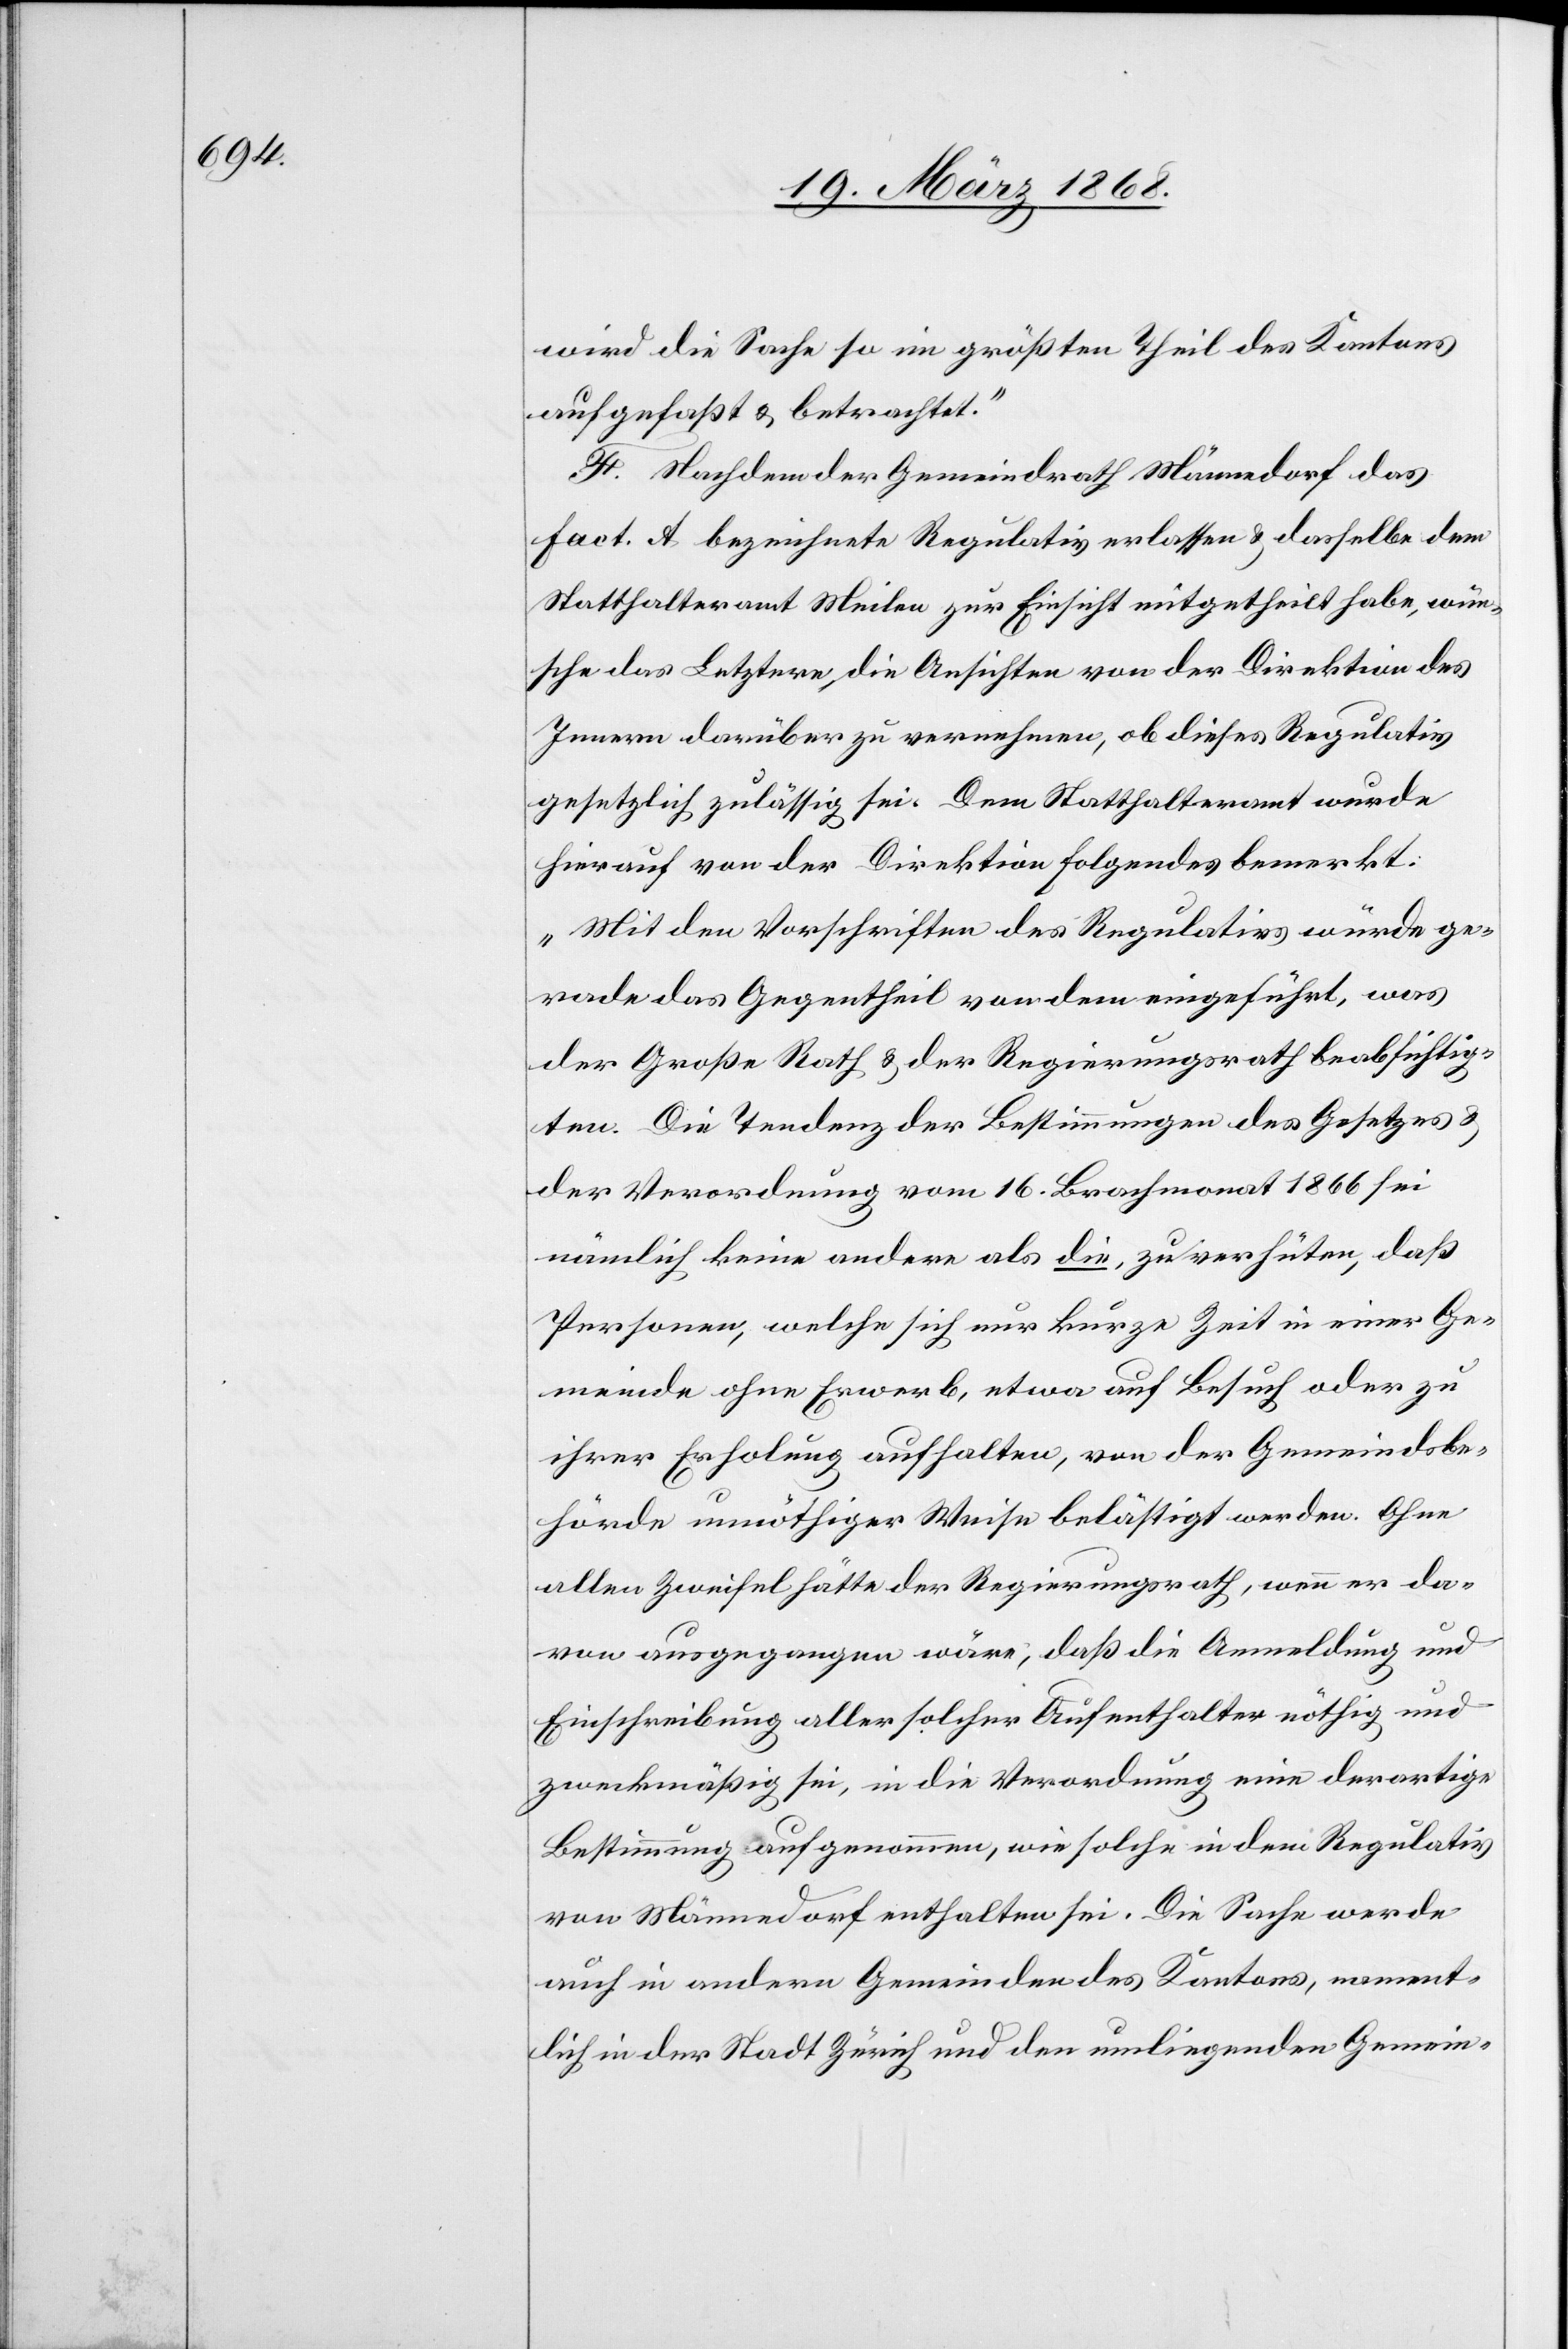
wird die Sache so im größten Theil des Kantons
aufgefaßt & betrachtet.“
F. Nachdem der Gemeindrath Männedorf das
Fact. A bezeichnete Regulativ erlassen & dasselbe dem
Statthalteramt Meilen zur Einsicht mitgetheilt habe, wün¬
sche das Letztere, die Ansichten von der Direktion des
Innern darüber zu vernehmen, ob dieses Regulativ
gesetzlich zulässig sei. Dem Statthalteramt wurde
hierauf von der Direktion Folgendes bemerkt:
„Mit den Vorschriften des Regulativs würde ge¬
rade das Gegentheil von dem eingeführt, was
der Große Rath & der Regierungsrath beabsichtig¬
ten. Die Tendenz der Bestimmungen des Gesetzes &
der Verordnung vom 16. Brachmonat 1866 sei
nämlich keine andere als die, zu verhüten, daß
Personen, welche sich nur kurze Zeit in einer Ge¬
meinde ohne Erwerb, etwa auf Besuch oder zu
ihrer Erholung aufhalten, von der Gemeindsbe¬
hörde unnöthiger Weise belästigt werden. Ohne
allen Zweifel hätte der Regierungsrath, wenn er da¬
von ausgegangen wäre, daß die Anmeldung und
Einschreibung aller solcher Aufenthalter nöthig und
zweckmäßig sei, in die Verordnung eine derartige
Bestimmung aufgenommen, wie solche in dem Regulativ
von Männedorf enthalten sei. Die Sache werde
auch in andern Gemeinden des Kantons, nament¬
lich in der Stadt Zürich und den umliegenden Gemein-